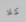
كلا